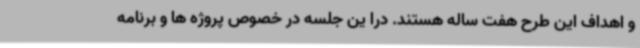
و اهداف این طرح هفت ساله هستند. درا ین جلسه در خصوص پروژه ها و برنامه